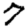
Digit: 7